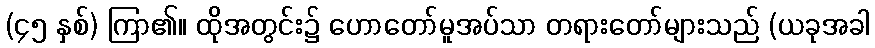
(၄၅ နှစ်) ကြာ၏။ ထိုအတွင်း၌ ဟောတော်မူအပ်သာ တရားတော်များသည် (ယခုအခါ